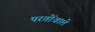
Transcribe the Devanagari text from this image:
परतोंवाले